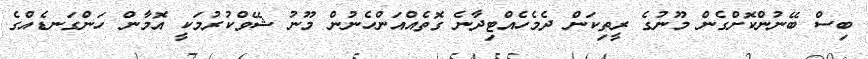
ބިސް ބޭނުންކޮށްގެން މޫނުގެ ރީތިކަން ދެމެހެއްޓިދާނެ ގޮތެއްއަންހެނުން މޫނު ޝޭވްކުރުމަކީ އޮމާން ހަންގަނޑެއްގެ